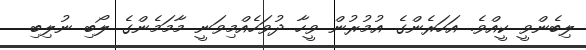
ލިބެންވީ ކީއްވެ. އަހަރެންގެ އުމުރުން ވީހާ ދުވަހެއްމިވަނީ މާމަމެންގެ ލޯބި ނުލިބި